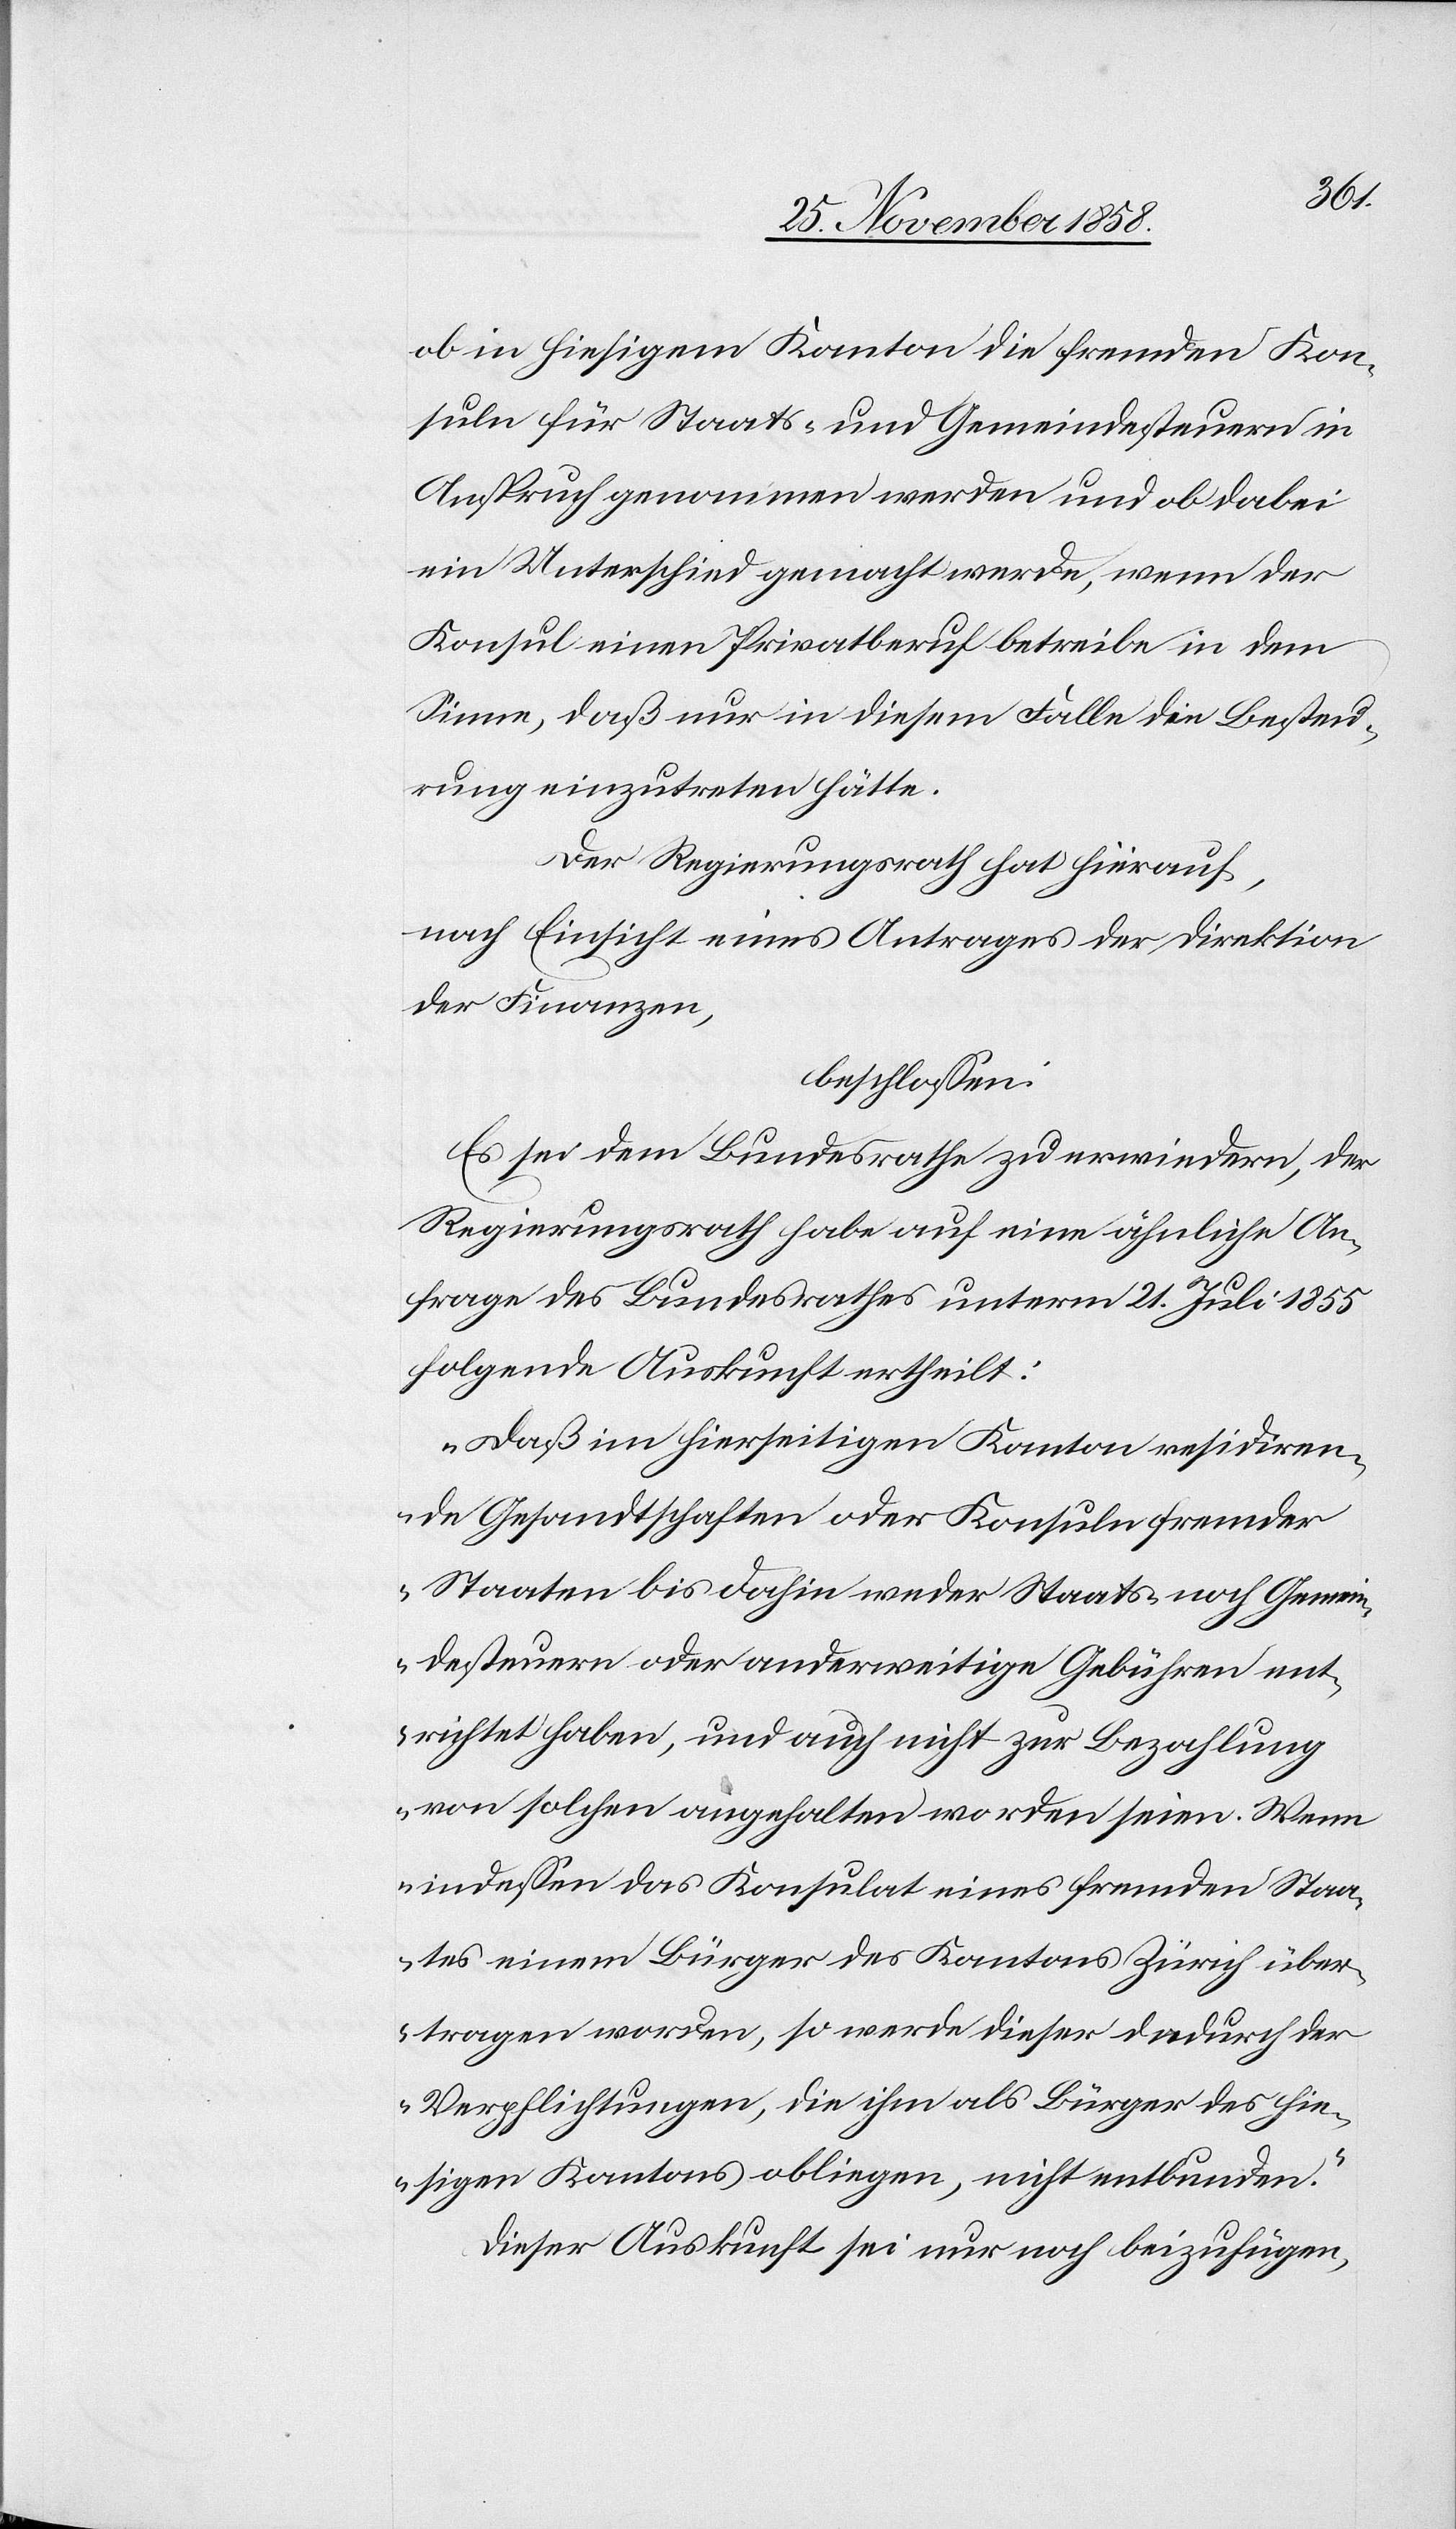
ob in hiesigem Kanton die fremden Kon¬
suln für Staats- und Gemeindesteuern in
Anspruch genommen werden und ob dabei
ein Unterschied gemacht werde, wenn der
Konsul einen Privatberuf betreibe in dem
Sinne, daß nur in diesem Falle die Besteu¬
rung einzutreten hätte.
Der Regierungsrath hat hierauf,
nach Einsicht eines Antrages der Direktion
der Finanzen,
beschlossen:
Es sei dem Bundesrathe zu erwiedern, der
Regierungsrath habe auf eine ähnliche An¬
frage des Bundesrathes unterm 21. Juli 1855
folgende Auskunft ertheilt:
„Daß im hierseitigen Kanton residiren¬
de Gesandtschaften oder Konsuln fremder
Staaten bis dahin weder Staats- noch Gemein¬
desteuern oder anderweitige Gebühren ent¬
richtet haben, und auch nicht zur Bezahlung
von solchen angehalten worden seien. Wenn
indessen das Konsulat eines fremden Staa¬
tes einem Bürger des Kantons Zürich über¬
tragen worden, so werde dieser dadurch der
Verpflichtungen, die ihm als Bürger des hie¬
sigen Kantons obliegen, nicht entbunden.“
Dieser Auskunft sei nur noch beizufügen,